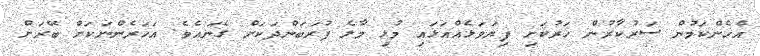
އެހެންކަމުން ސަރުކާރުން ހަރުކަށި ފިޔަވަޅެއްއަޅައި މުޅި މާލެ ފުރަބަންދަކަށް ގެނައެވެ. އަހަރެންނަކަށް ބޭރަށް